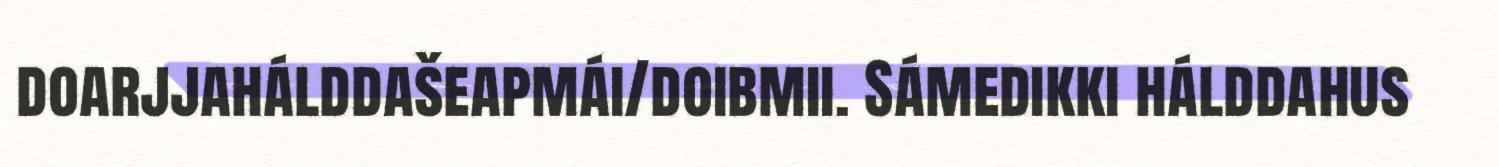
doarjjahálddašeapmái/doibmii. Sámedikki hálddahus